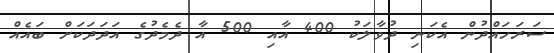
ސަރަހައްދުން އެކަނި ދުވާލަކު 400 އާއި 500 އާ ދެމެދުގެ އަދަދަކަށް ބައެއް